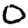
Digit: 0